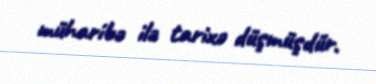
müharibə ilə tarixə düşmüşdür.